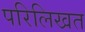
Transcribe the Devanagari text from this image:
परिलिखत